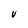
Character: v